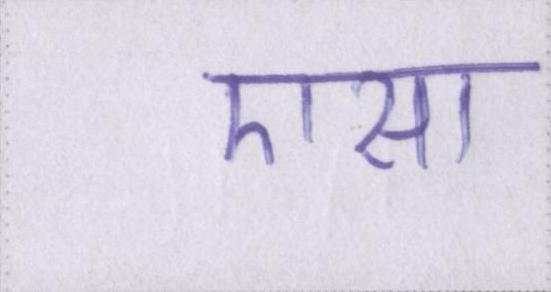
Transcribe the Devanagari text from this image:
एसा